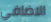
الاضافي